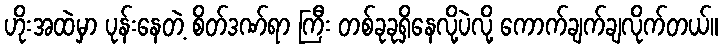
ဟိုးအထဲမှာ ပုန်းနေတဲ့ စိတ်ဒဏ်ရာ ကြီး တစ်ခုခုရှိနေလို့ပဲလို့ ကောက်ချက်ချလိုက်တယ်။